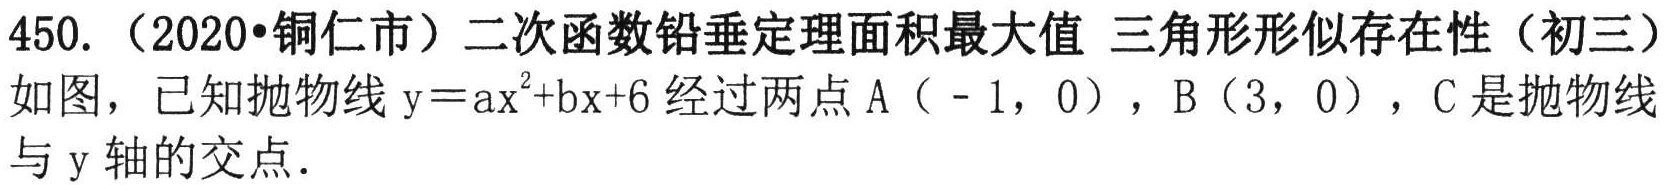
450.（2020•铜仁市）二次函数铅垂定理面积最大值 三角形形似存在性（初三）
如图，已知抛物线\(y = ax^{2}+bx + 6\)经过两点\(A(-1,0)\)，\(B(3,0)\)，\(C\)是抛物线与\(y\)轴的交点.